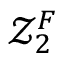
\mathcal { Z } _ { 2 } ^ { F }